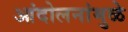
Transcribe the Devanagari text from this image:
आंदोलनांमुळे